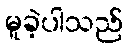
မူခဲ့ပါသည်